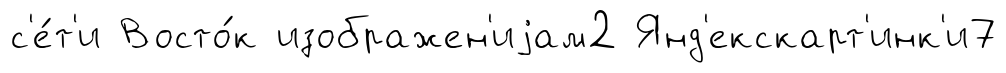
с'е́т'и Восто́к изображен'иjам2 Янд'екскарт'инк'и7